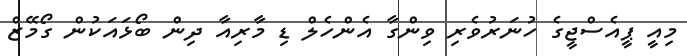
މިއީ ޕީއެސްޖީގެ ހުނަރުވެރި ވިންގާ އެންހެލް ޑި މާރިއާ ދިން ބޯޅައަކުން ގޯމޭޒް